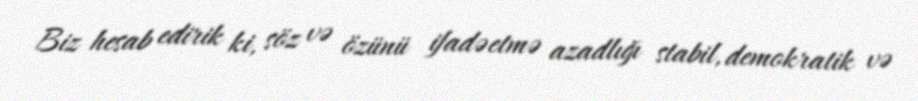
Biz hesab edirik ki, söz və özünü ifadəetmə azadlığı stabil, demokratik və